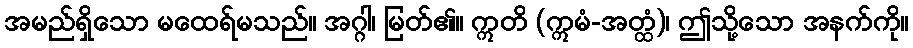
အမည်ရှိသော မထေရ်မသည်။ အဂ္ဂါ၊ မြတ်၏။ ဣတိ (ဣမံ-အတ္ထံ)၊ ဤသို့သော အနက်ကို။